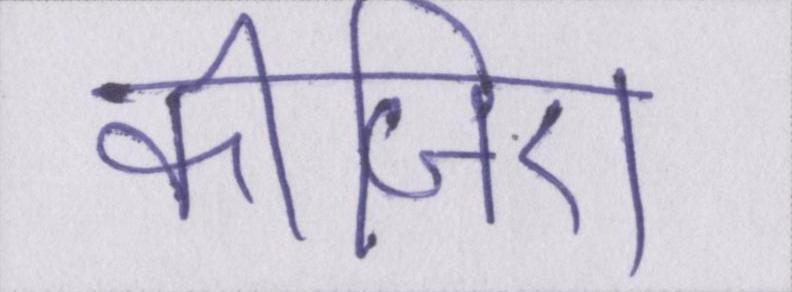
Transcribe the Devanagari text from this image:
कीजिए